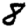
Digit: 8